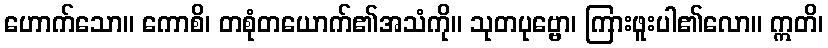
ဟောက်သော။ ကောစိ၊ တစုံတယောက်၏အသံကို။ သုတပုဗ္ဗော၊ ကြားဖူးပါ၏လော။ ဣတိ၊